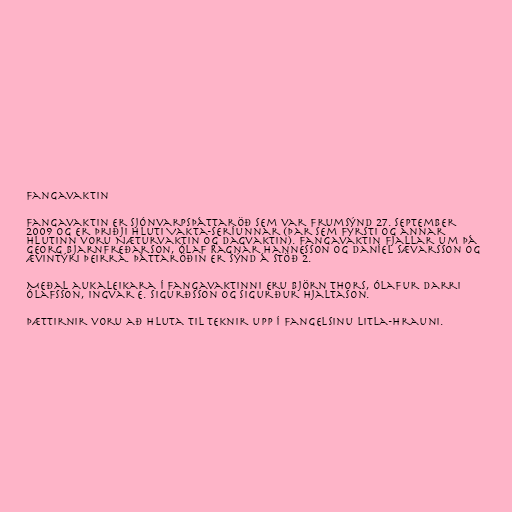
Fangavaktin

Fangavaktin er sjónvarpsþáttaröð sem var frumsýnd 27. september
2009 og er þriðji hluti Vakta-seríunnar (þar sem fyrsti og annar
hlutinn voru Næturvaktin og Dagvaktin). Fangavaktin fjallar um þá
Georg Bjarnfreðarson, Ólaf Ragnar Hannesson og Daníel Sævarsson og
ævintýri þeirra. Þáttaröðin er sýnd á Stöð 2.

Meðal aukaleikara í Fangavaktinni eru Björn Thors, Ólafur Darri
Ólafsson, Ingvar E. Sigurðsson og Sigurður Hjaltason.

Þættirnir voru að hluta til teknir upp í fangelsinu Litla-Hrauni.